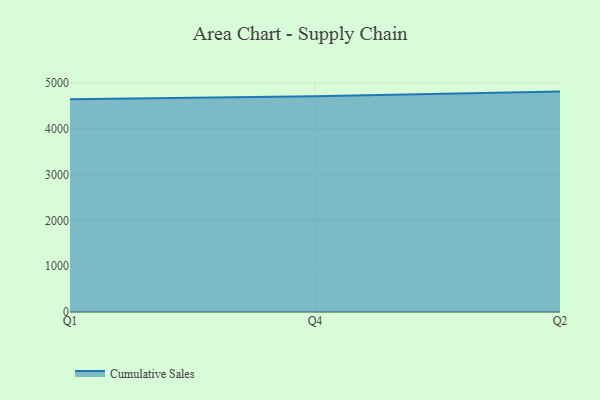
{"axis": {"x": "Quarter", "y": "Satisfaction Score"}, "legend": ["Cumulative Sales"], "data": [{"x": "Q1", "y": 4642.7, "type": "Cumulative Sales"}, {"x": "Q4", "y": 4709.1, "type": "Cumulative Sales"}, {"x": "Q2", "y": 4808.7, "type": "Cumulative Sales"}]}